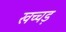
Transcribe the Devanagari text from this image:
खच्चड़